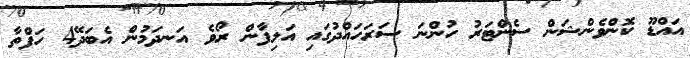
އައްޑޫ ކޮންވެންޝަން ސެންޓަރު ހުންނަ ސަރަހައްދުގައި އަލިފާން ރޯވެ އަނދަމުން އެބަދޭ4 ހަފްތާ